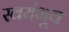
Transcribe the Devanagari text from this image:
स्वयंभूव